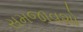
સમજાવશો